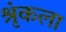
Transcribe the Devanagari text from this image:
श्रृंकला